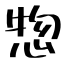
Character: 惣